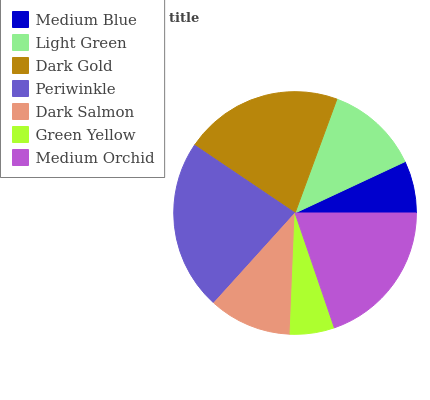
| Medium Blue | Light Green | Dark Gold | Periwinkle | Dark Salmon | Green Yellow | Medium Orchid |
 | --- | --- | --- | --- | --- | --- | --- |
 | 6.95% | 12.4% | 21.2% | 22.8% | 11% | 5.9% | 19.7% |